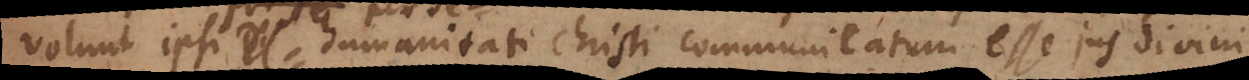
olunt ipsi humanitati Christi communicatum esse jus divini